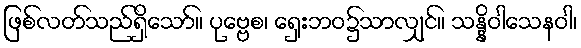
ဖြစ်လတ်သည်ရှိသော်။ ပုဗ္ဗေစ၊ ရှေးဘဝ၌သာလျှင်။ သန္နိဝါသေနဝါ၊